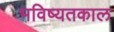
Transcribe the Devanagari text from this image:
भविष्यतकाल